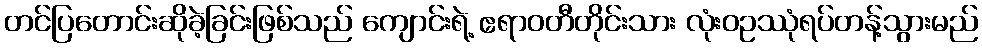
တင်ပြတောင်းဆိုခဲ့ခြင်းဖြစ်သည် ကျောင်းရဲ့ ဧရာဝတီတိုင်းသား လုံးဝဥဿုံရပ်တန့်သွားမည်